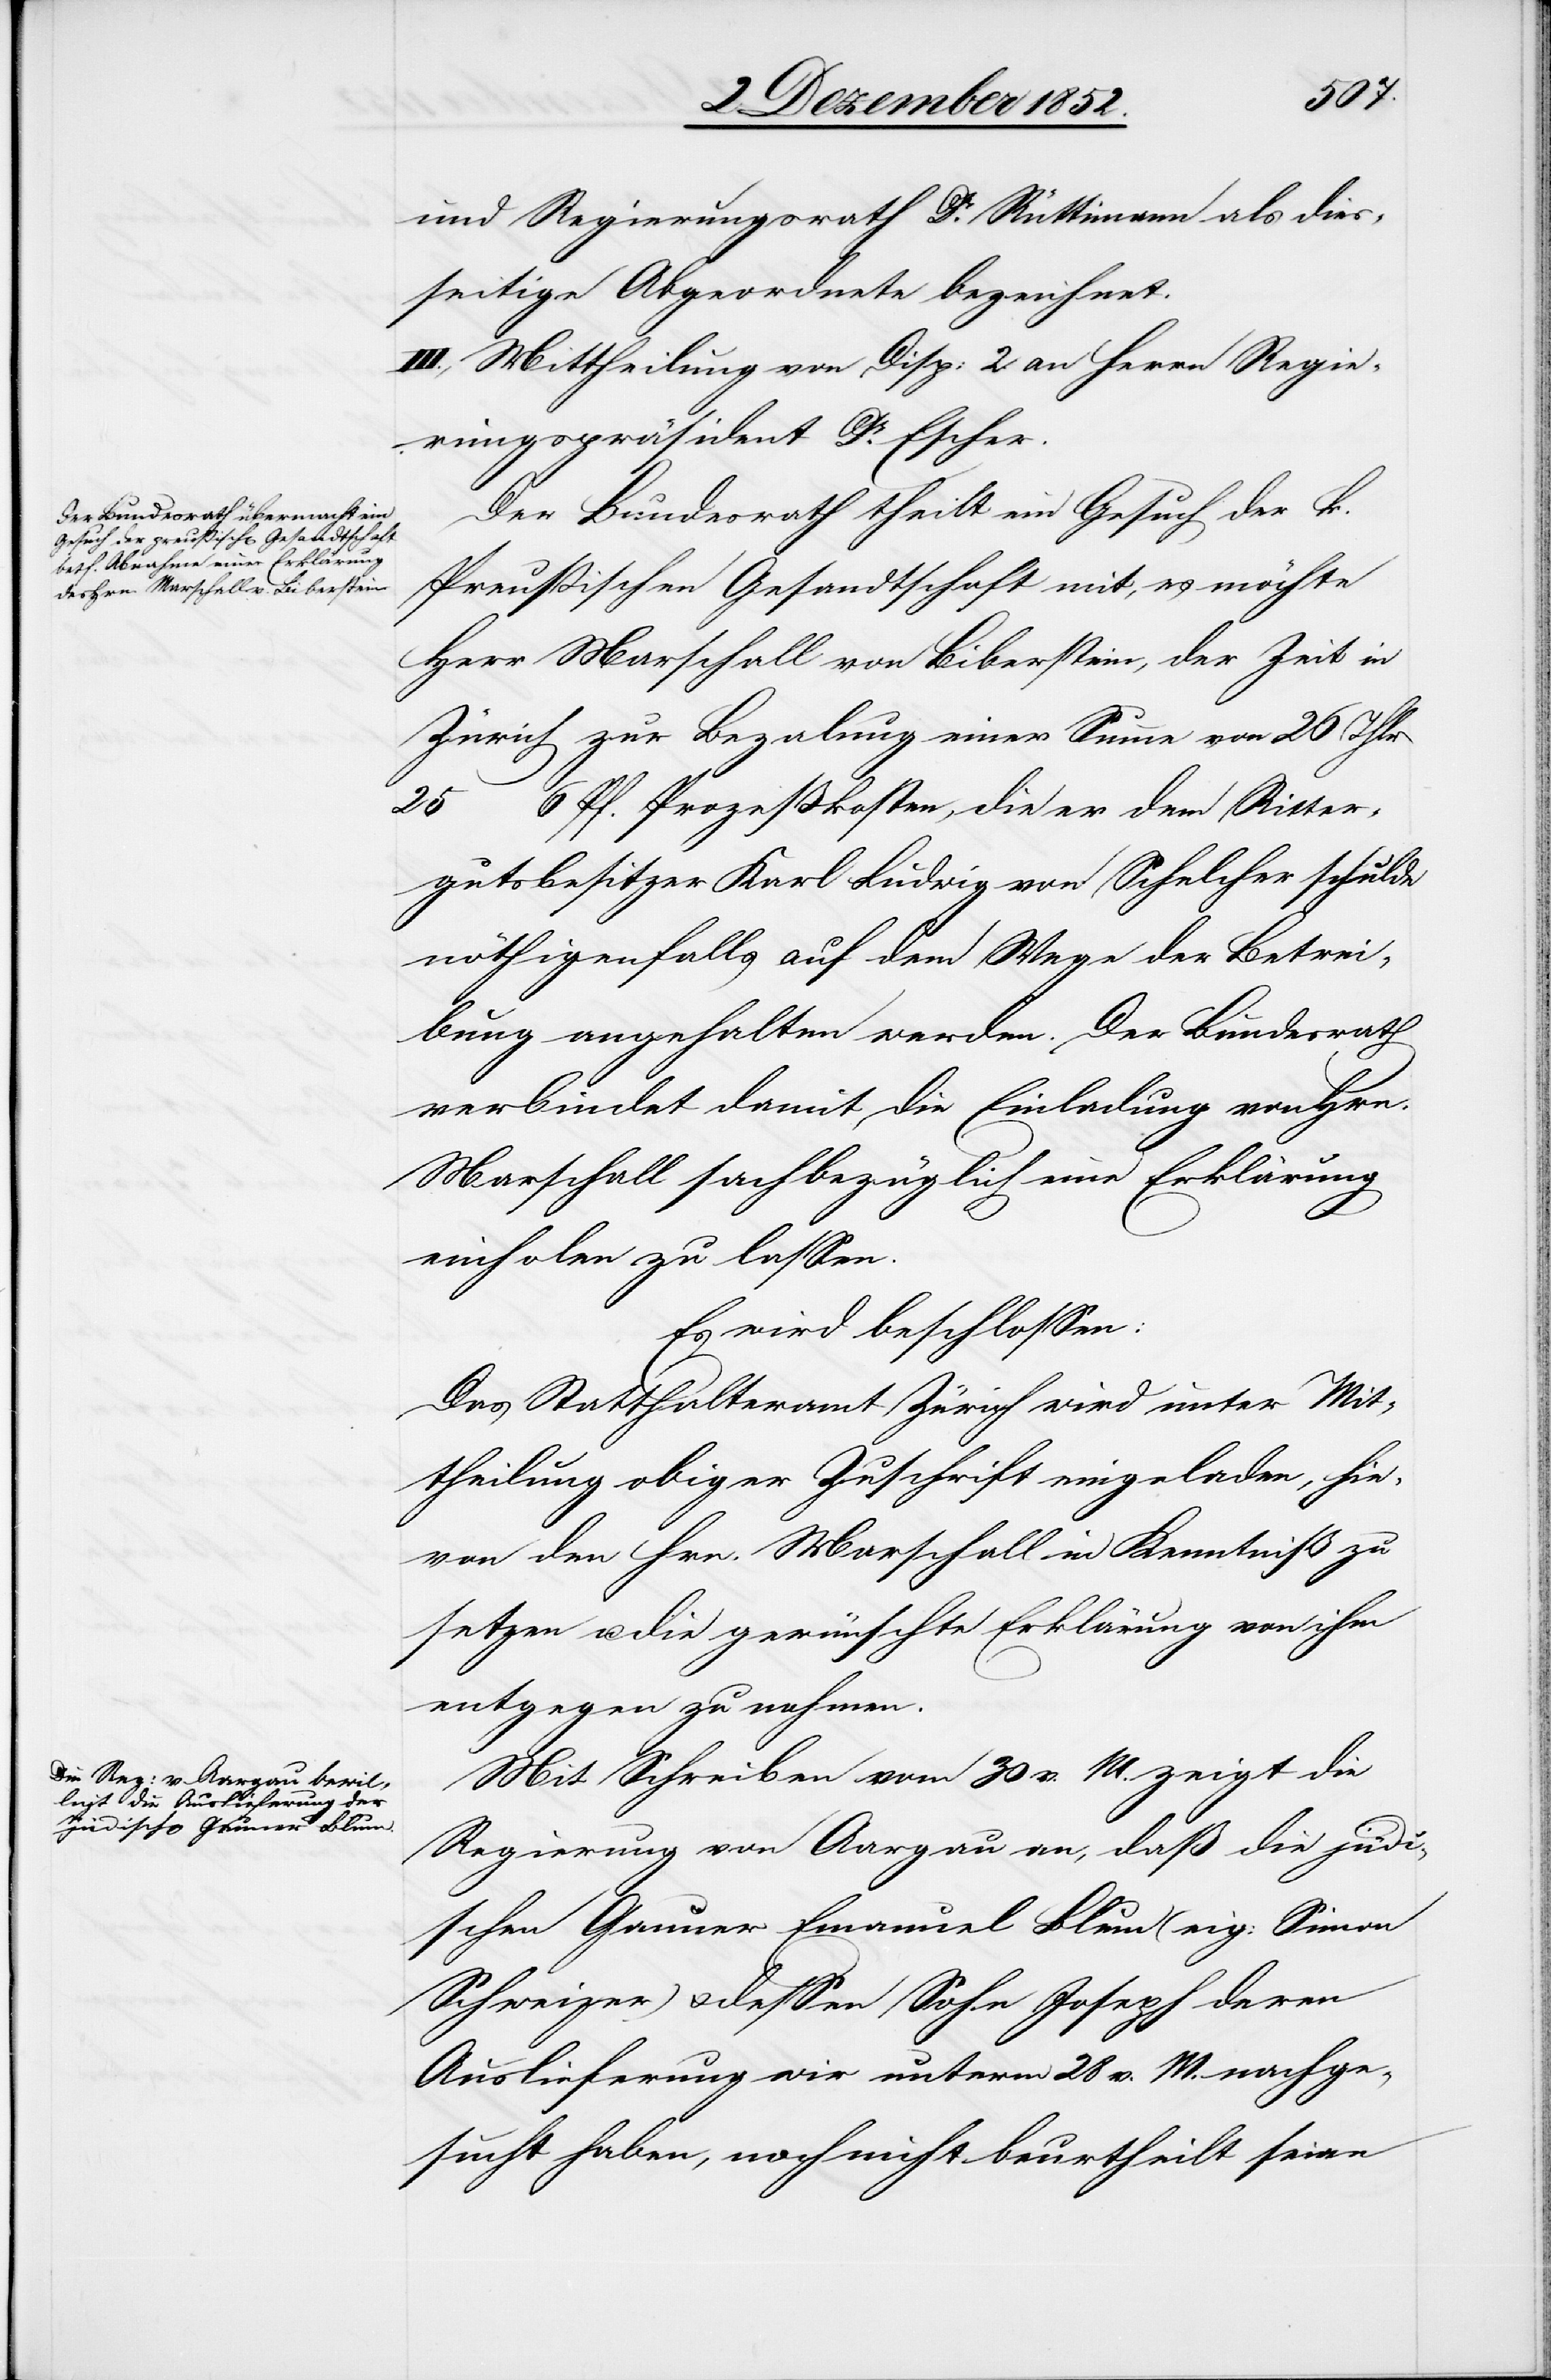
und Regierungsrath Dr. Rüttimann als dies¬
seitige Abgeordnete bezeichnet.
III., Mittheilung von Disp: 2. an Herrn Regie¬
rungspräsident Dr. Escher.
Der Bundesrath theilt ein Gesuch der k.
Preußischen Gesandtschaft mit, es möchte
Herr Marschall von Biberstein, der Zeit in
Zürich zur Bezalung einer Summe von 26 Thlr
25 … 6 Pf. Prozeßkosten, die er dem Ritter¬
gutsbesitzer Karl Ludwig von Schelcher schulde
nöthigenfalls auf dem Wege der Betrei¬
bung angehalten werden. Der Bundesrath
verbindet damit die Einladung von Hrn.
Marschall sachbezüglich eine Erklärung
einholen zu lassen.
Es wird beschlossen:
Das Statthalteramt Zürich wird unter Mit¬
theilung obiger Zuschrift eingeladen, hie¬
von den Hrn. Marschall in Kenntniß zu
setzen u. die gewünschte Erklärung von ihm
entgegen zu nehmen.
Mit Schreiben vom 30 v. M. zeigt die
Regierung von Aargau an, daß die jüdi¬
schen Gauner Emanuel Blum (eig: Simon
Schweizer) & dessen Sohn Joseph deren
Auslieferung wir unterm 28 v. M. nachge¬
sucht haben, noch nicht beurtheilt seien